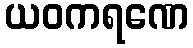
ယဝကရဏေ